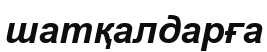
шатқалдарға